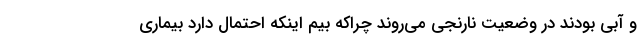
و آبی بودند در وضعیت نارنجی می‌روند چراکه بیم اینکه احتمال دارد بیماری